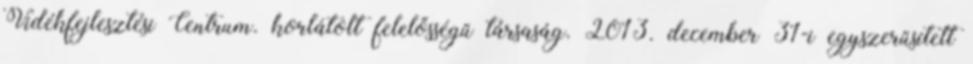
Vidékfejlesztési Centrum. korlátolt felelősségű társaság. 2013. december 31-i egyszerűsített